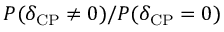
P ( \delta _ { \mathrm { C P } } \neq 0 ) / P ( \delta _ { \mathrm { C P } } = 0 )